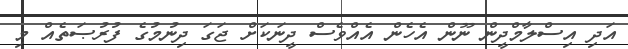
އަދި އިސްލާމްދީން ނޫން އެހެން އެއްވެސް ދީނަކަށް ޖަގަ ދިނުމުގެ ފުރުޞަތެއް މި